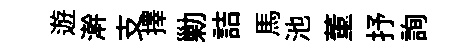
遊澣支擇勦詰馬池董抒詢